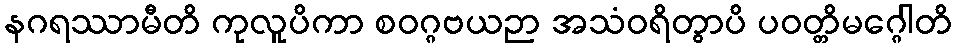
နဂရဿာမီတိ ကုလူပိကာ စဝဂ္ဂဗယဉာ အသံဝရိတွာပိ ပဝတ္တိမဂ္ဂေါတိ